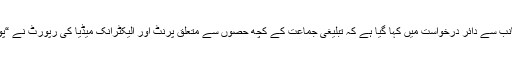
ایڈوکیٹ اعجاز مقبول کی جانب سے دائر درخواست میں کہا گیا ہے کہ تبلیغی جماعت کے کچھ حصوں سے متعلق پرنٹ اور الیکٹرانک میڈیا کی رپورٹ نے “پوری مسلم قوم کو نشانہ بنایا۔